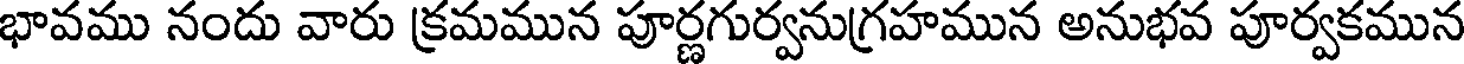
భావము నందు వారు క్రమమున పూర్ణగుర్వనుగ్రహమున అనుభవ పూర్వకమున